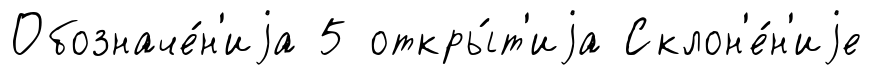
Обозначе́н'иjа 5 откры́т'иjа Склон'е́н'иjе